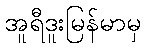
အူရီဒူးမြန်မာမှ